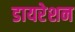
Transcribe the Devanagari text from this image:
डायरेशन